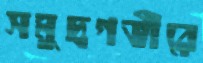
সমুদ্রগভীরে